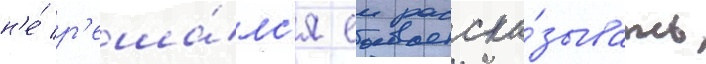
н'е́ р'еша́лс'я еи расска́зывать